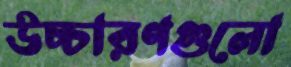
উচ্চারণগুলো